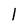
Character: 1